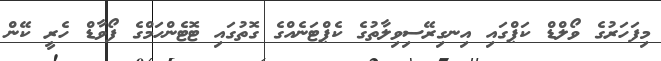
މިފަހަރުގެ ވޯލްޑް ކަޕްގައި އިނގިރޭސިވިލާތުގެ ކެޕްޓަނެއްގެ ގޮތުގައި ޓޮޓެންހަމްގެ ފޯވާޑް ހެރީ ކޭން